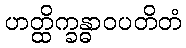
ဟတ္ထိက္ခန္ဓာဝပတိတံ